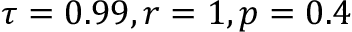
\tau = 0 . 9 9 , r = 1 , p = 0 . 4